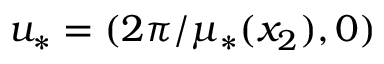
u _ { * } = ( 2 \pi / \mu _ { * } ( x _ { 2 } ) , 0 )